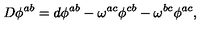
D \phi ^ { a b } = d \phi ^ { a b } - \omega ^ { a c } \phi ^ { c b } - \omega ^ { b c } \phi ^ { a c } ,